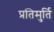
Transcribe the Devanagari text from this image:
प्रतिमुर्ति